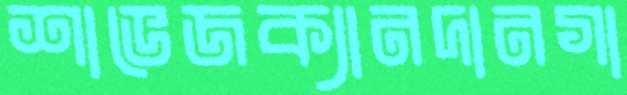
শাভেজক্যানদানগা